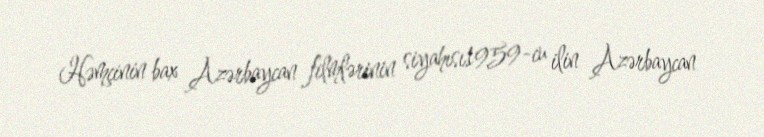
Həmçinin bax Azərbaycan filmlərinin siyahısı1959-cu ilin Azərbaycan